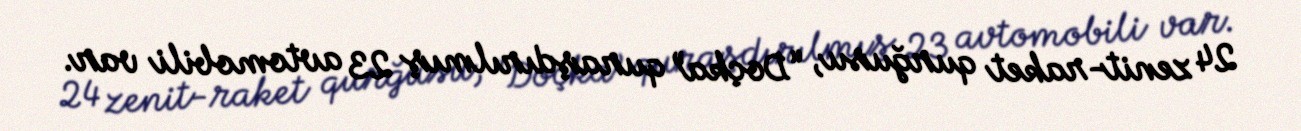
24 zenit-raket qurğusu, “Doçka” quraşdırılmış 23 avtomobili var.